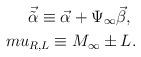
LaTeX: \begin{align*}{\vec {\tilde \alpha}}\equiv{\vec \alpha}+\Psi_{\infty}{\vec\beta}, \ \\mu_{R,L}\equiv M_{\infty}\pm L.\end{align*}